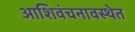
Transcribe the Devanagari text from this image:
आशिवंचनावस्थेत